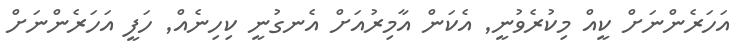
އަހަރެންނަށް ކީއް މިކުރެވުނީ